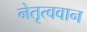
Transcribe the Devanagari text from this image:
नेतृत्ववान